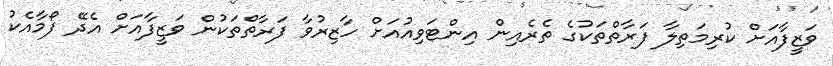
ވަޒީފާއަށް ކުރިމަތިލާ ފަރާތްތަކުގެ ތެރެއިން އިންޓަވިއުއަށް ހާޒިރުވާ ފަރާތްތަކުން ވަޒީފާއަށް އެދޭ ފޯމާއެކު